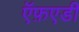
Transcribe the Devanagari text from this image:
ऍफ़एडी